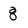
Character: 8